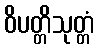
ဝိပတ္တိသုတ္တံ